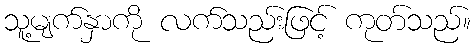
သူ့မျက်နှာကို လက်သည်းဖြင့် ကုတ်သည်။